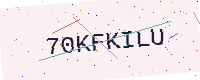
Text: 70KFKILU